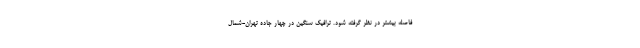
فاصله بیشتر در نظر گرفته شود. ترافیک سنگین در چهار جاده تهران-شمال